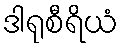
ဒါရုစီရိယံ